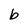
Character: b